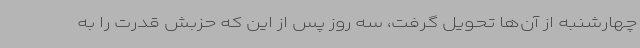
چهارشنبه از آن‌ها تحویل گرفت، سه روز پس از این که حزبش قدرت را به